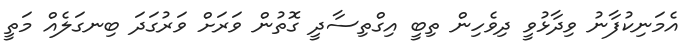
އެމަނިކުފާނު ވިދާޅުވީ ދިވެހިން ތިބީ އިގްތިސާދީ ގޮތުން ވަރަށް ވަރުގަދަ ބިނގަލެއް މަތީ